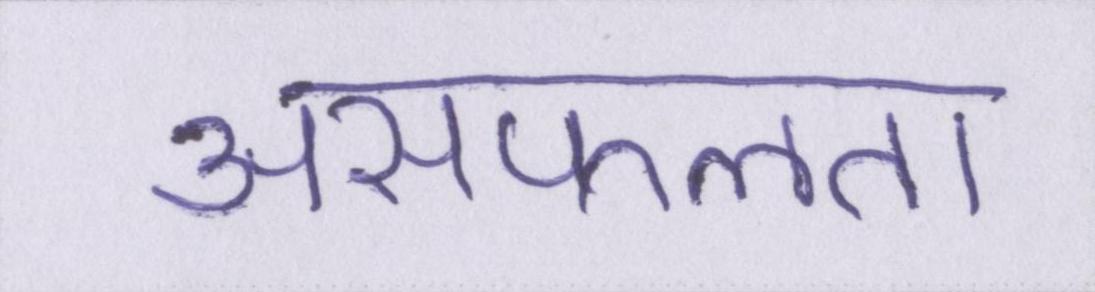
असफलता